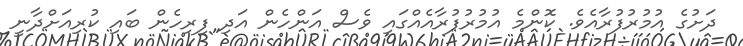
ދަށުގެ އުމުރުފުރާއެވެ. ކޮންމެ އުމުރުފުރާއެއްގައި ވެސް އަންހެން އަދި ފިރިހެން ބައި ކުރިއަށްދާނީ